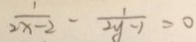
\frac { 1 } { 2 x - 2 } - \frac { 1 } { 2 y - 1 } = 0